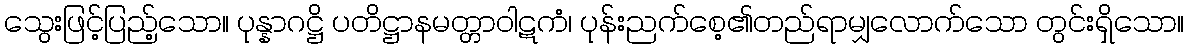
သွေးဖြင့်ပြည့်သော။ ပုန္နာဂဋ္ဌိ ပတိဋ္ဌာနမတ္တာဝါဋကံ၊ ပုန်းညက်စေ့၏တည်ရာမျှလောက်သော တွင်းရှိသော။